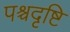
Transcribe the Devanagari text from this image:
पश्चदृष्टि